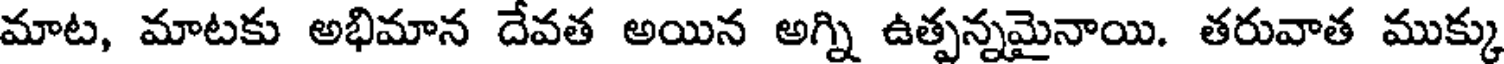
మాట, మాటకు అభిమాన దేవత అయిన అగ్ని ఉత్పన్నమైనాయి. తరువాత ముక్కు